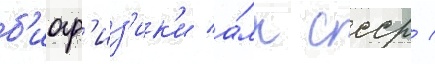
б'иоф'из'ик'и а́мн ссср /